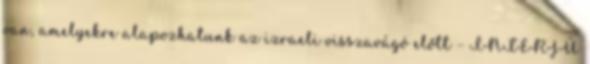
van, amelyekre alapozhatunk az izraeli visszavágó előtt – INTERJÚ